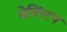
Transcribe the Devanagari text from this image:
बेबिंग्टन